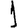
Digit: 1